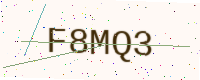
Text: F8MQ3